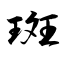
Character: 斑